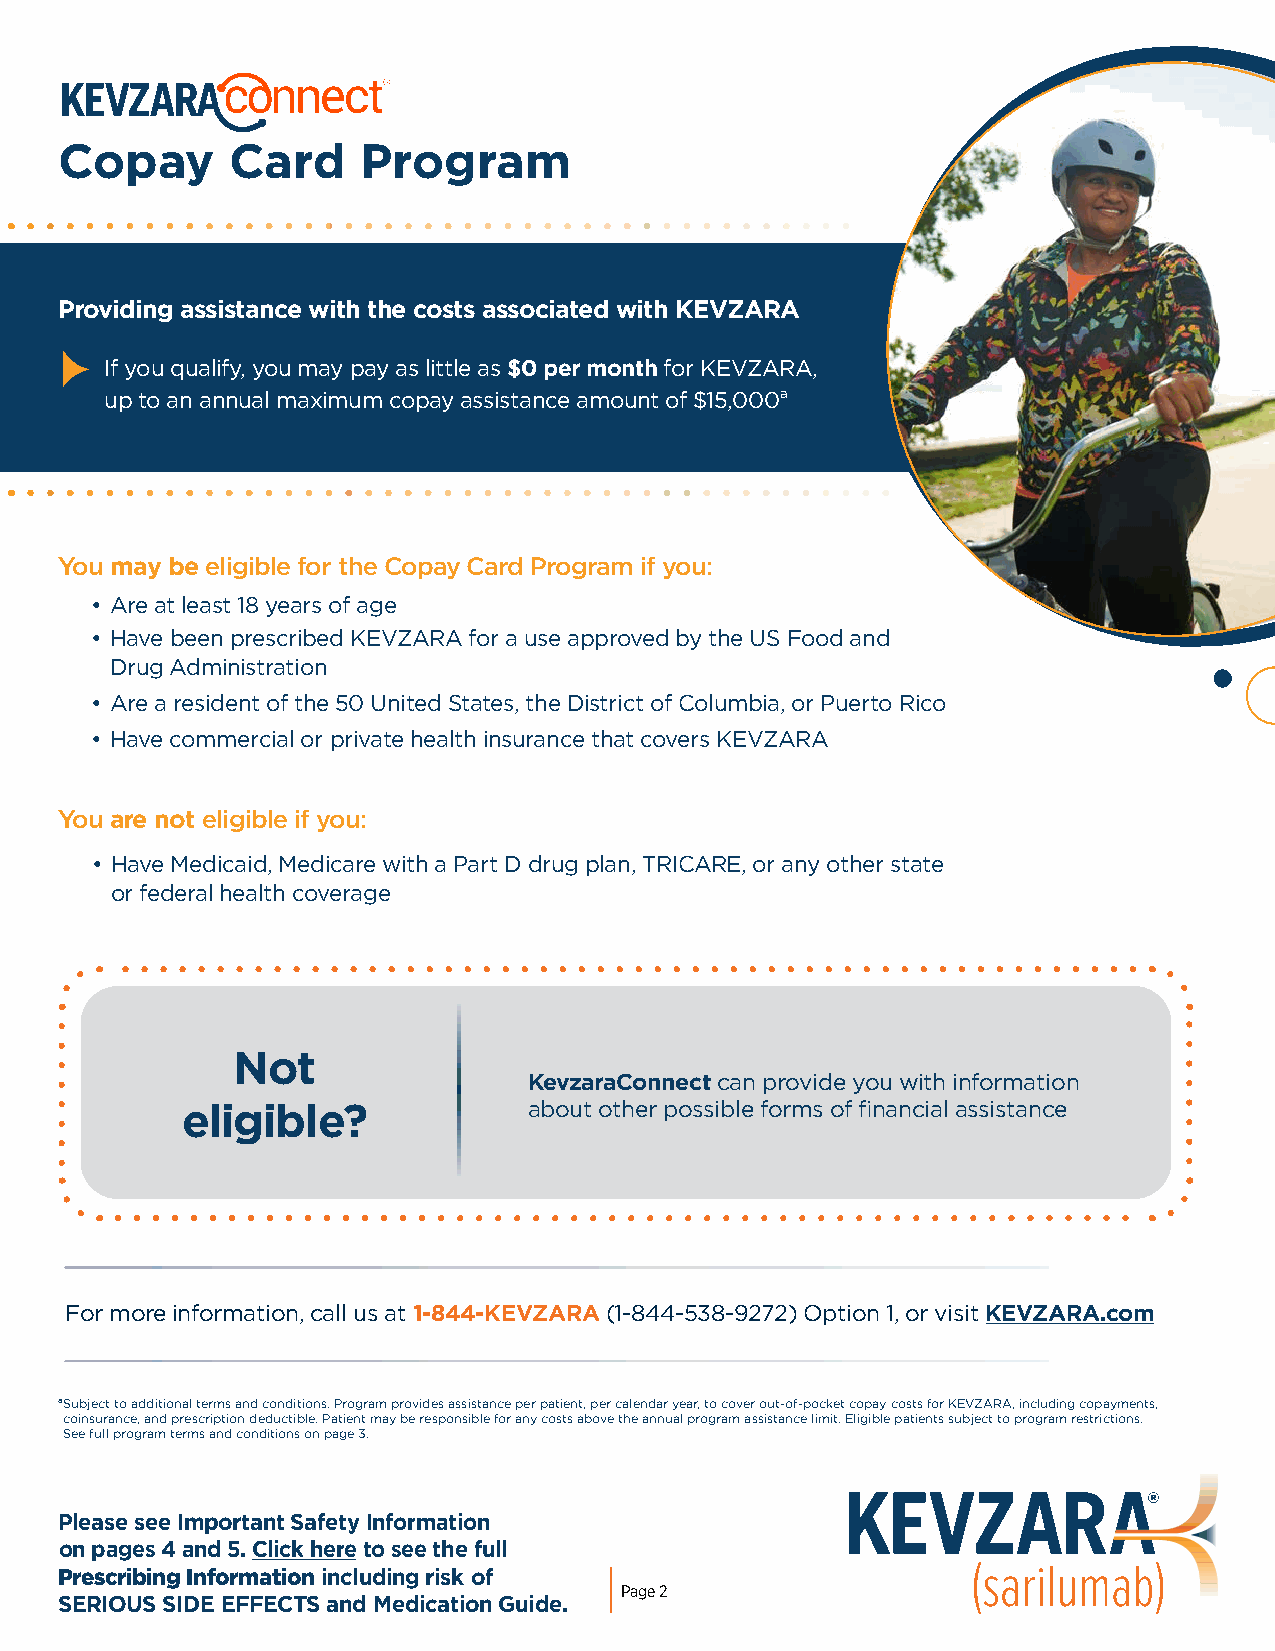
Copay      Card     Program
 Providing assistance with the costs associated with KEVZARA
 If you qualify, you may pay as little as $0 per month for KEVZARA,
 up to an annual maximum copay assistance amount of $15,000a
 You may be eligible for the Copay Card Program if you:
 • Are at least 18 years of age
 • Have been prescribed KEVZARA for a use approved by the US Food and
 Drug Administration
 • Are a resident of the 50 United States, the District of Columbia, or Puerto Rico
 • Have commercial or private health insurance that covers KEVZARA
 You are not eligible if you:
 • Have Medicaid, Medicare with a Part D drug plan, TRICARE, or any other state
 or federal health coverage
 Not
 KevzaraConnect can provide you with information
 eligible?              about other possible forms of financial assistance
 For more information, call us at 1-844-KEVZARA (1-844-538-9272) Option 1, or visit KEVZARA.com
 a Subject to additional terms and conditions. Program provides assistance per patient, per calendar year, to cover out-of-pocket copay costs for KEVZARA, including copayments,
 coinsurance, and prescription deductible. Patient may be responsible for any costs above the annual program assistance limit. Eligible patients subject to program restrictions.
 See full program terms and conditions on page 3.
 Please see Important Safety Information
 on pages 4 and 5. Click here to see the full
 Prescribing Information including risk of
 Page 2
 SERIOUS SIDE EFFECTS and Medication Guide.